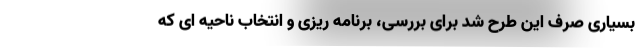
بسیاری صرف این طرح شد برای بررسی، برنامه ریزی و انتخاب ناحیه ای که